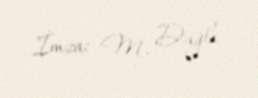
İmza: M. Dağlı